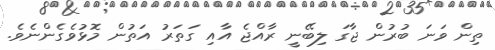
ތިން ވަނަ ބުރުން ޖާގަ ލިބޭނީ ރާއްޖެ އާއި ގަތަރު އަތުން މޮޅުވެގެންނެވެ.